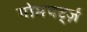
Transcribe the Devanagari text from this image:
गोमपर्ट्ज़